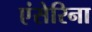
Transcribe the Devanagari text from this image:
एंसेरिना